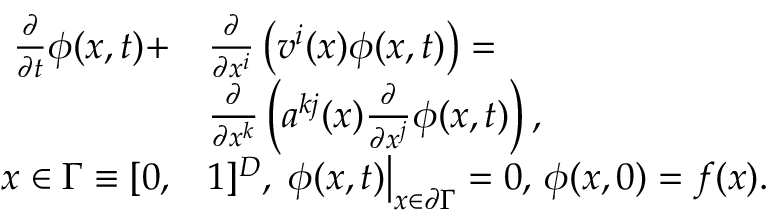
\begin{array} { r l } { \frac { \partial } { \partial t } \phi ( \boldsymbol { x } , t ) + } & { \frac { \partial } { \partial x ^ { i } } \left( v ^ { i } ( \boldsymbol { x } ) \phi ( \boldsymbol { x } , t ) \right) = } \\ & { \frac { \partial } { \partial x ^ { k } } \left( a ^ { k j } ( \boldsymbol { x } ) \frac { \partial } { \partial x ^ { j } } \phi ( \boldsymbol { x } , t ) \right) , } \\ { \boldsymbol { x } \in \Gamma \equiv [ 0 , } & { 1 ] ^ { D } , \, \left. \phi ( \boldsymbol { x } , t ) \right| _ { x \in \partial \Gamma } = 0 , \, \phi ( \boldsymbol { x } , 0 ) = f ( \boldsymbol { x } ) . } \end{array}